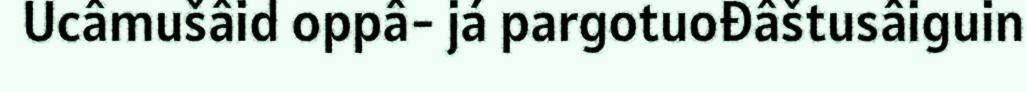
Ucâmušâid oppâ- já pargotuođâštusâiguin